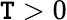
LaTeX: \mathtt{T}>0